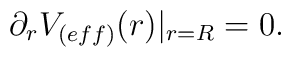
\partial _{r}V_{(eff)}(r)|_{r=R}=0.